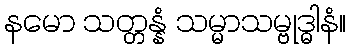
နမော သတ္တန္နံ သမ္မာသမ္ဗုဒ္ဓါနံ။